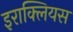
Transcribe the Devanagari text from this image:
इराक्लियस